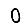
Digit: 0